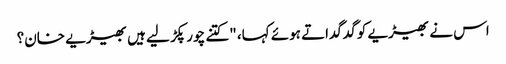
اس نے بھیڑیے کو گدگداتے ہوئے کہا، "کتنے چور پکڑ لیے ہیں بھیڑیے خان؟